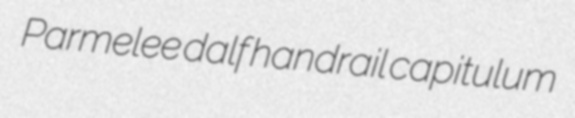
Parmelee dalf handrail capitulum